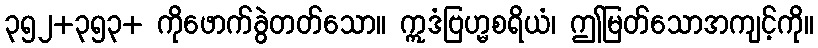
၃၅၂+၃၅၃+ ကိုဖောက်ခွဲတတ်သော။ ဣဒံဗြဟ္မစရိယံ၊ ဤမြတ်သောအကျင့်ကို။